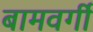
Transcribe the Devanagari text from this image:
बामवर्गी